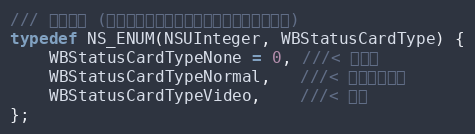
Language: C
/// 卡片类型 (这里随便写的，只适配了微博中常见的类型)
typedef NS_ENUM(NSUInteger, WBStatusCardType) {
    WBStatusCardTypeNone = 0, ///< 没卡片
    WBStatusCardTypeNormal,   ///< 一般卡片布局
    WBStatusCardTypeVideo,    ///< 视频
};